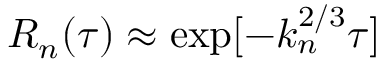
R _ { n } ( \tau ) \approx \exp [ - k _ { n } ^ { 2 / 3 } \tau ]